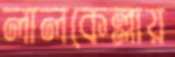
লালকেল্লায়